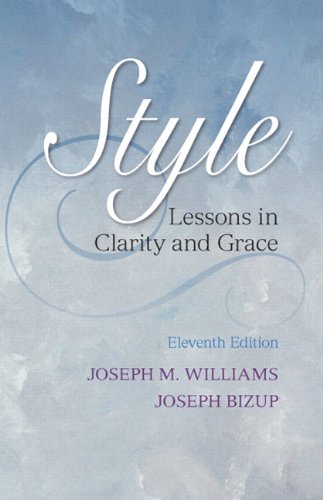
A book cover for Style: Lessons in Clarity and Grace (11th Edition); Joseph M. Williams; Reference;